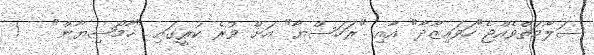
ސަލާމަތްވެއްޖެ"ހަވައިޒާދާ" އާއި "ރަހަސްޔާ" އަށް ވުރެ ކުރީގައި "ޚާމޯޝިޔާން"   !